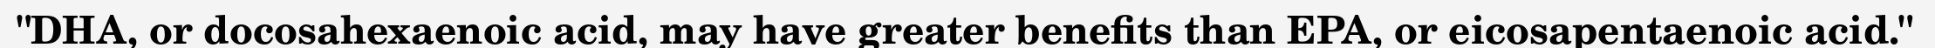
"DHA, or docosahexaenoic acid, may have greater benefits than EPA, or eicosapentaenoic acid."